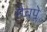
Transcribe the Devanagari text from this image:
मैचप्ले